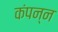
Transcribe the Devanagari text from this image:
कंपन्न